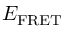
E _ { \mathrm { F R E T } }